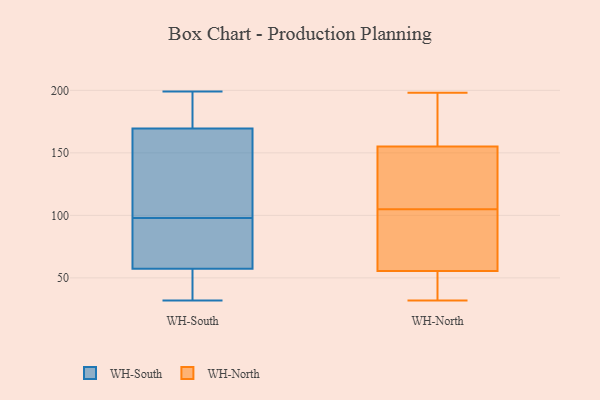
{"axis": {"x": "Temperature (°C)", "y": "Value"}, "legend": ["WH-North", "WH-South"], "data": [{"x": "", "y": 48, "type": "WH-South"}, {"x": "", "y": 79, "type": "WH-South"}, {"x": "", "y": 57, "type": "WH-South"}, {"x": "", "y": 192, "type": "WH-South"}, {"x": "", "y": 194, "type": "WH-South"}, {"x": "", "y": 104, "type": "WH-South"}, {"x": "", "y": 32, "type": "WH-South"}, {"x": "", "y": 174, "type": "WH-South"}, {"x": "", "y": 58, "type": "WH-South"}, {"x": "", "y": 85, "type": "WH-South"}, {"x": "", "y": 99, "type": "WH-South"}, {"x": "", "y": 156, "type": "WH-South"}, {"x": "", "y": 98, "type": "WH-South"}, {"x": "", "y": 37, "type": "WH-South"}, {"x": "", "y": 199, "type": "WH-South"}, {"x": "", "y": 117, "type": "WH-North"}, {"x": "", "y": 103, "type": "WH-North"}, {"x": "", "y": 178, "type": "WH-North"}, {"x": "", "y": 155, "type": "WH-North"}, {"x": "", "y": 107, "type": "WH-North"}, {"x": "", "y": 41, "type": "WH-North"}, {"x": "", "y": 56, "type": "WH-North"}, {"x": "", "y": 198, "type": "WH-North"}, {"x": "", "y": 55, "type": "WH-North"}, {"x": "", "y": 172, "type": "WH-North"}, {"x": "", "y": 119, "type": "WH-North"}, {"x": "", "y": 130, "type": "WH-North"}, {"x": "", "y": 155, "type": "WH-North"}, {"x": "", "y": 32, "type": "WH-North"}, {"x": "", "y": 83, "type": "WH-North"}, {"x": "", "y": 52, "type": "WH-North"}, {"x": "", "y": 51, "type": "WH-North"}, {"x": "", "y": 84, "type": "WH-North"}, {"x": "", "y": 196, "type": "WH-North"}, {"x": "", "y": 70, "type": "WH-North"}]}